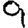
Digit: 9